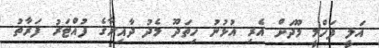
އަލީ ފަހްމީ މޫދަށް އެރި އުޅުނު ހިތަދޫ މެދު ދާއިރާގެ ފުއްޓަރު ފަރާތު